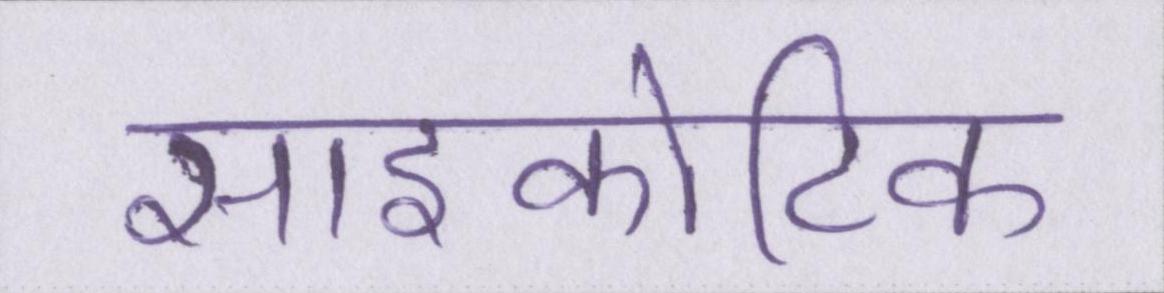
साइकोटिक